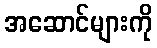
အဆောင်များကို